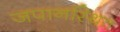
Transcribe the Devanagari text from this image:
जपानस्थित